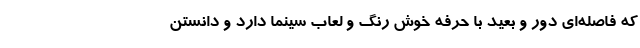
که فاصله‌ای دور و بعید با حرفه خوش‌ رنگ و لعاب سینما دارد و دانستن